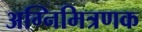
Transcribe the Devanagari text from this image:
अग्निमित्रणक